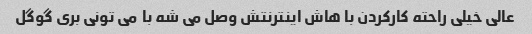
عالی خیلی راحته کارکردن با هاش اینترنتش وصل می شه با  می تونی بری گوگل